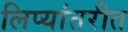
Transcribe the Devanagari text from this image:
लिप्यांतरीत